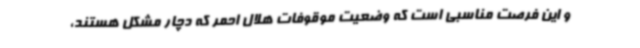
و این فرصت مناسبی است که وضعیت موقوفات هلال احمر که دچار مشکل هستند،